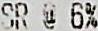
SR @ 6%